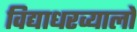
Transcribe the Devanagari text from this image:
विद्याधरव्यालों